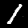
Label: 1